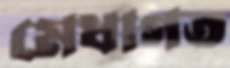
মেধাগত